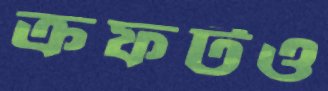
ক্রফটও